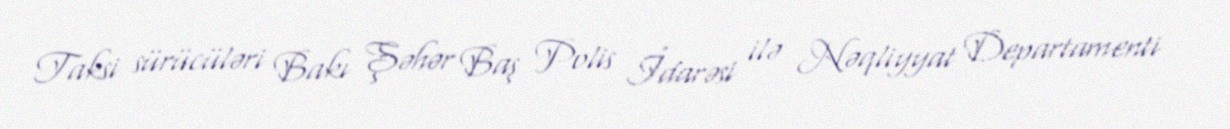
Taksi sürücüləri Bakı Şəhər Baş Polis İdarəsi ilə Nəqliyyat Departamenti